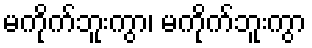
မကိုက်ဘူးကွာ၊ မကိုက်ဘူးကွာ